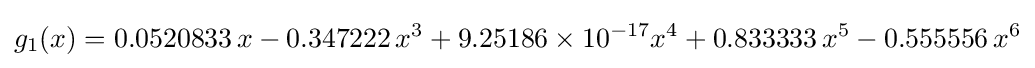
g_{1}(x)=0.0520833\,x-0.347222\,x^{3}+9.25186\times 10^{-17}x^{4}+0.833333\,x^{5}-0.555556\,x^{6}